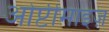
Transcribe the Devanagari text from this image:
ओप्टीमाइज़